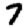
Digit: 7